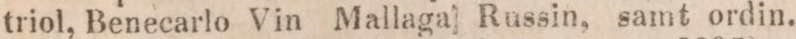
triol, Benecarlo Vin Mallaga Russin, samt ordin.